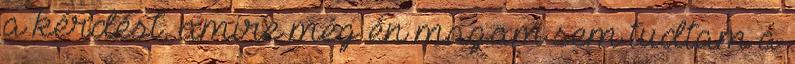
a kérdést, amire még én magam sem tudtam a